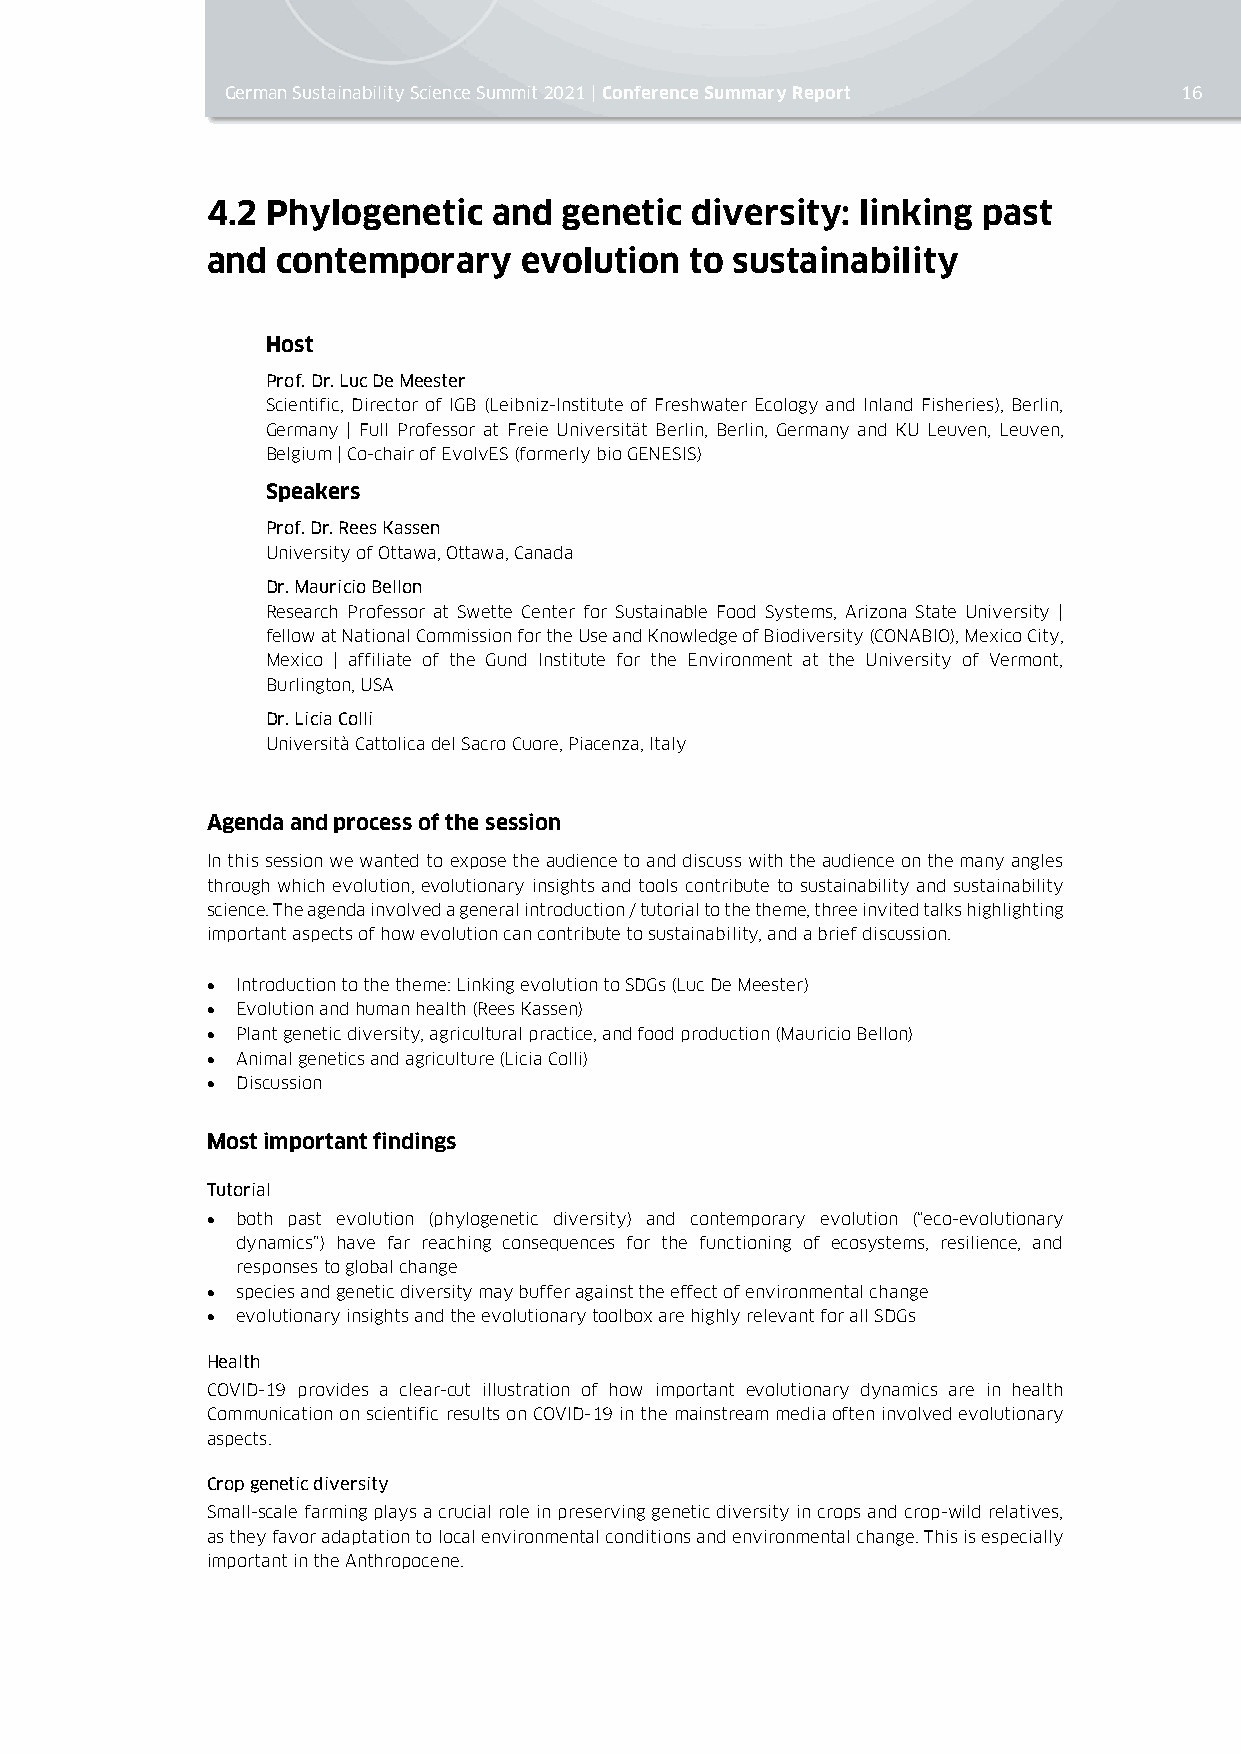
German Sustainability Science Summit 2021 | Conference Summary Report 16
 4.2 Phylogenetic   and genetic  diversity: linking past
 and contemporary     evolution  to sustainability
 Host
 Prof. Dr. Luc De Meester
 Scientific, Director of IGB (Leibniz-Institute of Freshwater Ecology and Inland Fisheries), Berlin,
 Germany | Full Professor at Freie Universität Berlin, Berlin, Germany and KU Leuven, Leuven,
 Belgium | Co-chair of EvolvES (formerly bio GENESIS)
 Speakers
 Prof. Dr. Rees Kassen
 University of Ottawa, Ottawa, Canada
 Dr. Mauricio Bellon
 Research Professor at Swette Center for Sustainable Food Systems, Arizona State University |
 fellow at National Commission for the Use and Knowledge of Biodiversity (CONABIO), Mexico City,
 Mexico | affiliate of the Gund Institute for the Environment at the University of Vermont,
 Burlington, USA
 Dr. Licia Colli
 Università Cattolica del Sacro Cuore, Piacenza, Italy
 Agenda and process of the session
 In this session we wanted to expose the audience to and discuss with the audience on the many angles
 through which evolution, evolutionary insights and tools contribute to sustainability and sustainability
 science. The agenda involved a general introduction / tutorial to the theme, three invited talks highlighting
 important aspects of how evolution can contribute to sustainability, and a brief discussion.
 • Introduction to the theme: Linking evolution to SDGs (Luc De Meester)
 • Evolution and human health (Rees Kassen)
 • Plant genetic diversity, agricultural practice, and food production (Mauricio Bellon)
 • Animal genetics and agriculture (Licia Colli)
 • Discussion
 Most important findings
 Tutorial
 • both past evolution (phylogenetic diversity) and contemporary evolution (“eco-evolutionary
 dynamics”) have far reaching consequences for the functioning of ecosystems, resilience, and
 responses to global change
 • species and genetic diversity may buffer against the effect of environmental change
 • evolutionary insights and the evolutionary toolbox are highly relevant for all SDGs
 Health
 COVID-19 provides a clear-cut illustration of how important evolutionary dynamics are in health
 Communication on scientific results on COVID-19 in the mainstream media often involved evolutionary
 aspects.
 Crop genetic diversity
 Small-scale farming plays a crucial role in preserving genetic diversity in crops and crop-wild relatives,
 as they favor adaptation to local environmental conditions and environmental change. This is especially
 important in the Anthropocene.